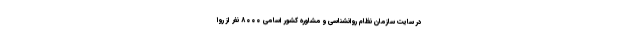
در سایت سازمان نظام روانشناسی و مشاوره کشور اسامی ۸۰۰۰ نفر از روا